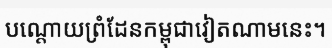
បណ្តោយព្រំដែនកម្ពុជាវៀតណាមនេះ។